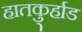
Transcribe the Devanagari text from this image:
हातकु्र्हाड